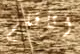
أتأقلم